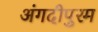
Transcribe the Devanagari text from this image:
अंगदीपुरम